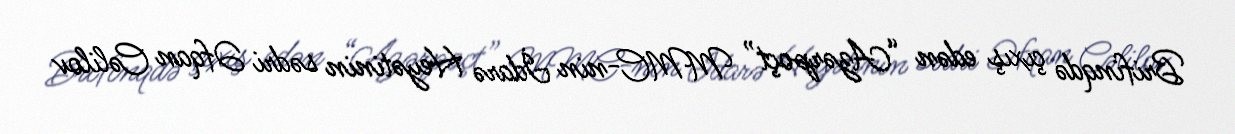
Brifinqdə çıxış edən “Azərpoçt” MMC-nin İdarə Heyətinin sədri Əfqan Cəlilov